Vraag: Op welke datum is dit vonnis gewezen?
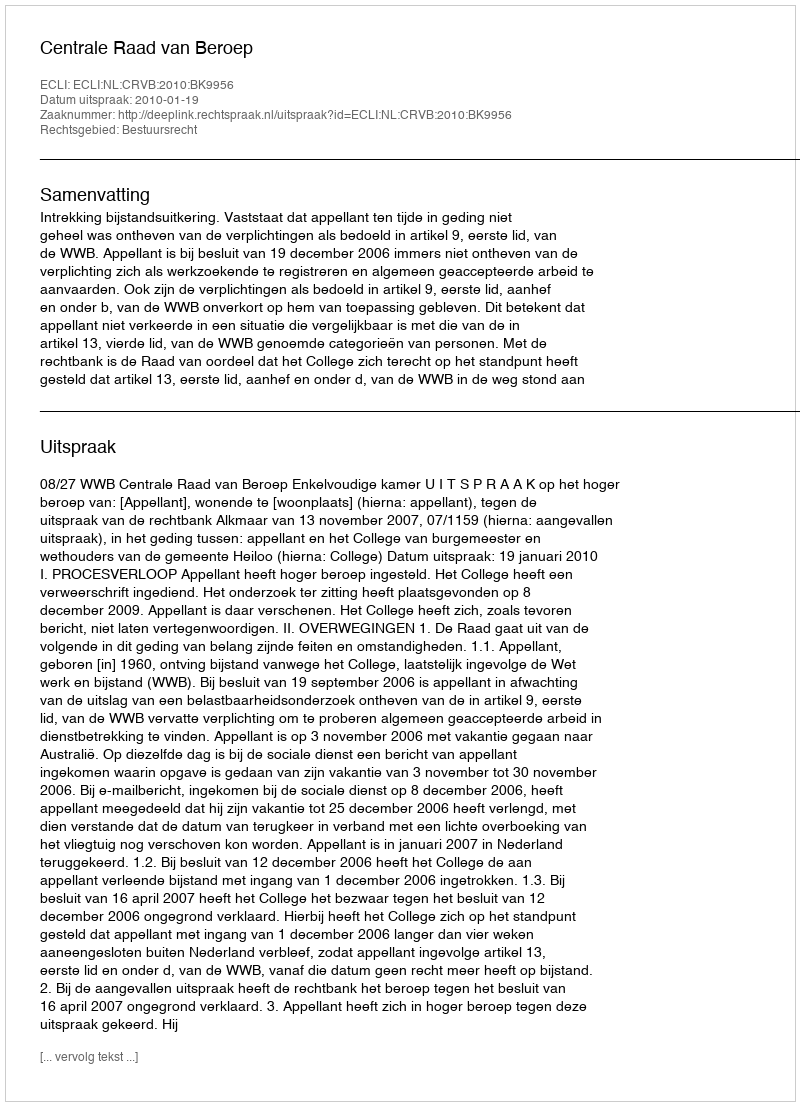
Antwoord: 2010-01-19